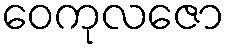
ဝေကုလဇော